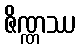
ဇိဏ္ဏဿ